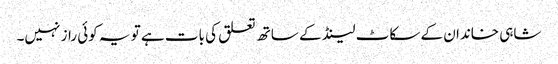
شاہی خاندان کے سکاٹ لینڈ کے ساتھ تعلق کی بات ہے تو یہ کوئی راز نہیں۔